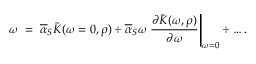
\omega \; = \; \overline { { { \alpha } } } _ { S } \tilde { K } ( \omega = 0 , \rho ) + \overline { { { \alpha } } } _ { S } \omega \left. \frac { \partial \tilde { K } ( \omega , \rho ) } { \partial \omega } \right| _ { \omega = 0 } + \ldots .